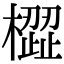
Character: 𣚟